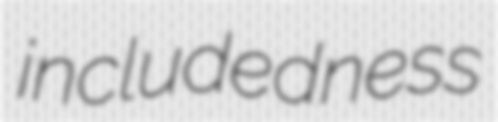
includedness